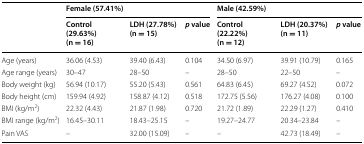
<table><thead><tr><td rowspan="2"></td><td colspan="3"><b>Female (57.41%)</b></td><td colspan="3"><b>Male (42.59%)</b></td></tr><tr><td><b>Control (29.63%)(n = 16)</b></td><td><b>LDH (27.78%)(n = 15)</b></td><td><b><i>p</i> value</b></td><td><b>Control (22.22%)(n = 12)</b></td><td><b>LDH (20.37%)(n = 11)</b></td><td><b><i>p</i> value</b></td></tr></thead><tbody><tr><td>Age (years)</td><td>36.06 (4.53)</td><td>39.40 (6.43)</td><td>0.104</td><td>34.50 (6.97)</td><td>39.91 (10.79)</td><td>0.165</td></tr><tr><td>Age range (years)</td><td>30–47</td><td>28–50</td><td>–</td><td>28–50</td><td>22–50</td><td>–</td></tr><tr><td>Body weight (kg)</td><td>56.94 (10.17)</td><td>55.20 (5.43)</td><td>0.561</td><td>64.83 (6.45)</td><td>69.27 (4.52)</td><td>0.072</td></tr><tr><td>Body height (cm)</td><td>159.94 (4.92)</td><td>158.87 (4.12)</td><td>0.518</td><td>172.75 (5.56)</td><td>176.27 (4.08)</td><td>0.100</td></tr><tr><td>BMI (kg/m<sup>2</sup>)</td><td>22.32 (4.43)</td><td>21.87 (1.98)</td><td>0.720</td><td>21.72 (1.89)</td><td>22.29 (1.27)</td><td>0.410</td></tr><tr><td>BMI range (kg/m<sup>2</sup>)</td><td>16.45–30.11</td><td>18.43–25.15</td><td>–</td><td>19.27–24.77</td><td>20.34–23.84</td><td>–</td></tr><tr><td>Pain VAS</td><td>–</td><td>32.00 (15.09)</td><td>–</td><td>–</td><td>42.73 (18.49)</td><td>–</td></tr></tbody></table>